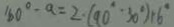
1 6 0 ^ { \circ } - a = 2 \cdot ( 9 0 ^ { \circ } \cdot 3 0 ^ { \circ } ) + 1 6 ^ { \circ }